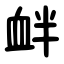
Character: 衅